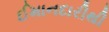
ઈમાનદારીથી